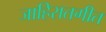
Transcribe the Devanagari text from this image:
जाहिरातगीत